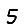
Digit: 5